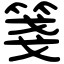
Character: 箋